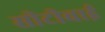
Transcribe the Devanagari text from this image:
सीटीवाई